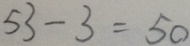
5 3 - 3 = 5 0